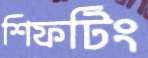
শিফটিং